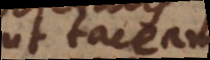
ut taceam